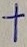
Text: +